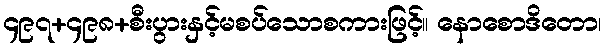
၄၉၇+၄၉၈+စီးပွားနှင့်မစပ်သောစကားဖြင့်။ နောစောဒိတော၊